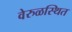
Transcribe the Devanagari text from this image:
वेरुळस्थित